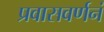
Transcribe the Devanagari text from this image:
प्रवासवर्णनं